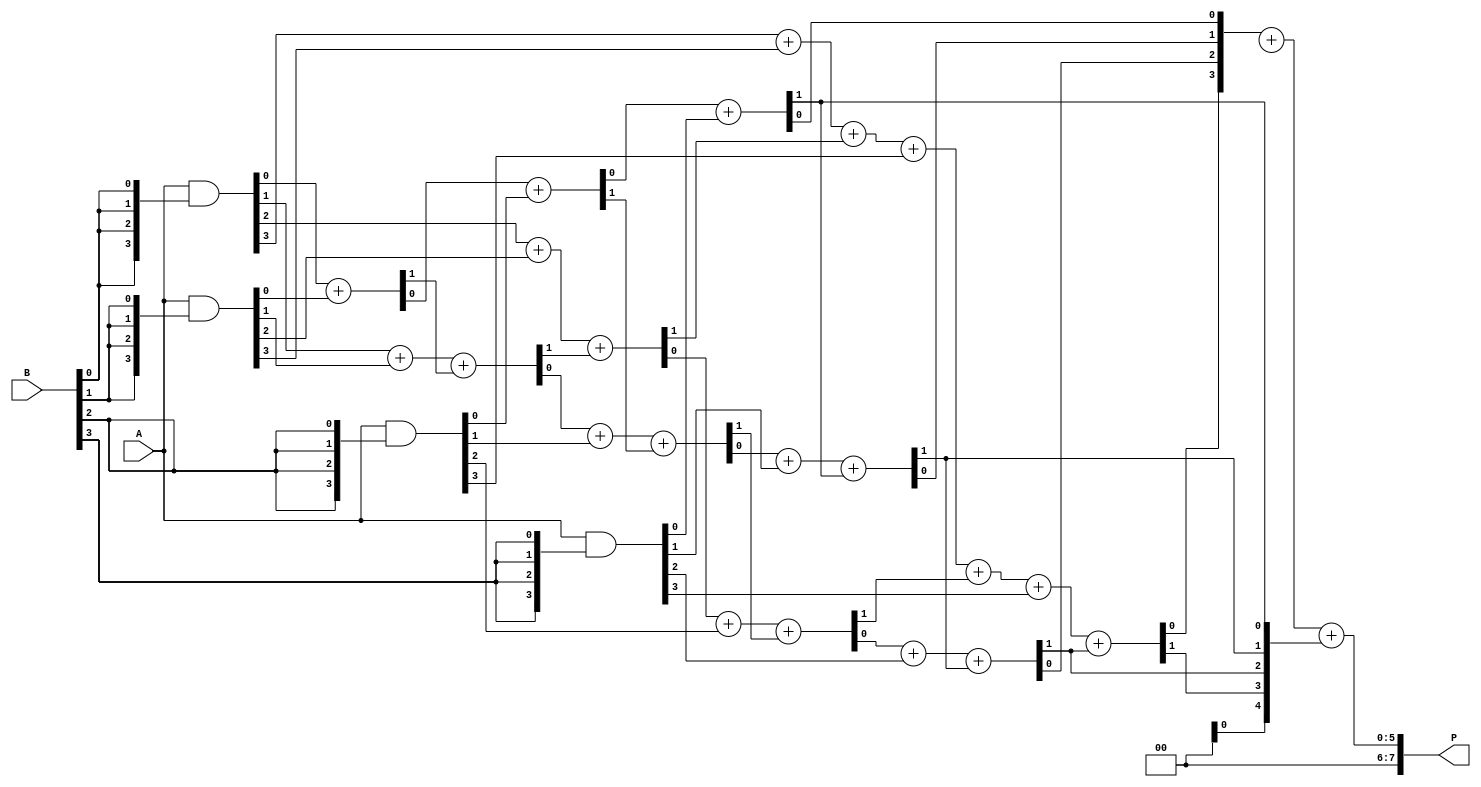
module WallaceTreeMultiplier #(parameter n = 4) (
    input [n-1:0] A,
    input [n-1:0] B,
    output reg [2*n-1:0] P
);

    // Generate partial products
    wire [n-1:0] pp [0:n-1]; // Partial products
    genvar i, j;
    generate
        for (i = 0; i < n; i = i + 1) begin : pp_gen
            assign pp[i] = A & {n{B[i]}};
        end
    endgenerate

    // Internal wires for Wallace tree reduction
    wire [n-1:0] sum [0:n-1];
    wire [n:0] carry [0:n-1];

    // Stage 1: Combine partial products using half and full adders
    genvar stage;
    generate
        for (stage = 0; stage < n-1; stage = stage + 1) begin : stage1
            if (stage == 0) begin
                // First stage: Combine first two rows of partial products
                for (j = 0; j < n; j = j + 1) begin
                    if (j == 0) begin
                        assign {carry[stage][j], sum[stage][j]} = pp[0][j] + pp[1][j];
                    end else begin
                        assign {carry[stage][j], sum[stage][j]} = pp[0][j] + pp[1][j] + carry[stage][j-1];
                    end
                end
            end else begin
                // Subsequent stages
                for (j = 0; j < n; j = j + 1) begin
                    if (j == 0) begin
                        assign {carry[stage][j], sum[stage][j]} = sum[stage-1][j] + pp[stage+1][j];
                    end else begin
                        assign {carry[stage][j], sum[stage][j]} = sum[stage-1][j] + pp[stage+1][j] + carry[stage][j-1];
                    end
                end
            end
        end
    endgenerate

    // Final addition of the last two rows
    wire [2*n-1:0] final_sum;
    wire [2*n-1:0] final_carry;
    
    assign final_sum = {1'b0, sum[n-2]} + {1'b0, sum[n-1]} + {1'b0, carry[n-2]};

    // Assign final product
    always @(*) begin
        P = final_sum;
    end

endmodule